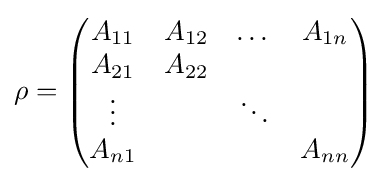
\rho ={\begin{pmatrix}A_{11}&A_{12}&\dots &A_{1n}\\A_{21}&A_{22}&&\\\vdots &&\ddots &\\A_{n1}&&&A_{nn}\end{pmatrix}}